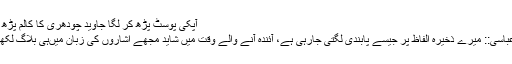
آپکی پوسٹ‌ پڑھ کر لگا جاوید چودھری کا کالم پڑھ رہا ہوں
::منیر عباسی:: میرے ذخیرہ الفاظ پر جیسے پابندی لگتی جارہی ہے، آئندہ آنے والے وقت میں شاید مجھے اشاروں کی زبان میں‌ہی بلاگ لکھنا پڑے۔